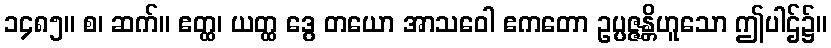
၁၄၈၅။ စ၊ ဆက်။ ဧတ္ထ၊ ယတ္ထ ဒွေ တယော အာသဝေါ ဧကတော ဥပ္ပဇ္ဇန္တိဟူသော ဤပါဌ်၌။